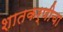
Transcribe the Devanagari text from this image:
शातकर्णीचा